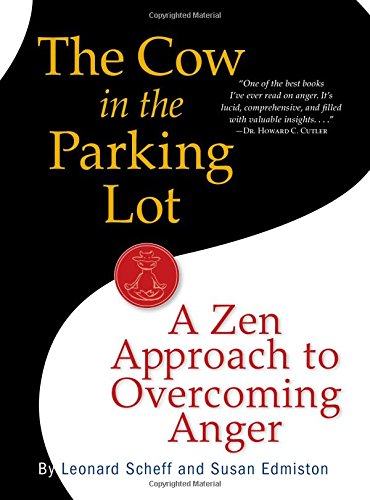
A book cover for The Cow in the Parking Lot: A Zen Approach to Overcoming Anger; Susan Edmiston; Self-Help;